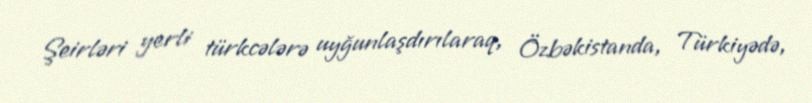
Şeirləri yerli türkcələrə uyğunlaşdırılaraq, Özbəkistanda, Türkiyədə,